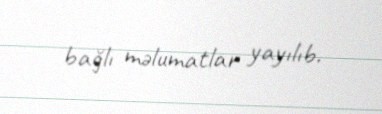
bağlı məlumatlar yayılıb.